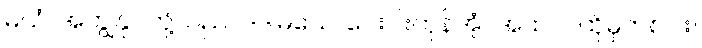
မယံ၊ အကျွန်ုပ်တို့သည်။ ဒဒါမသေ၊ ပေးပါးကုန်အံ့။ အထဝါ၊ ထိုမှတစ်ပါး။